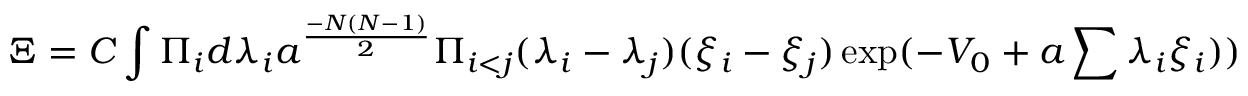
\Xi = C \int \Pi _ { i } d \lambda _ { i } a ^ { { \frac { - N ( N - 1 ) } { 2 } } } \Pi _ { i < j } ( \lambda _ { i } - \lambda _ { j } ) ( \xi _ { i } - \xi _ { j } ) \exp ( - V _ { 0 } + a \sum \lambda _ { i } \xi _ { i } ) )